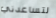
لتساعدني